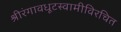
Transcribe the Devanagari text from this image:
श्रीरंगावधूटस्वामीविरचित